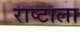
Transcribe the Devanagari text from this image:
राष्टाला